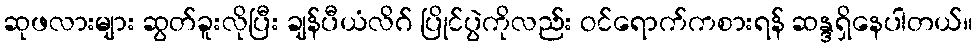
ဆုဖလားများ ဆွတ်ခူးလိုပြီး ချန်ပီယံလိဂ် ပြိုင်ပွဲကိုလည်း ဝင်ရောက်ကစားရန် ဆန္ဒရှိနေပါတယ်။